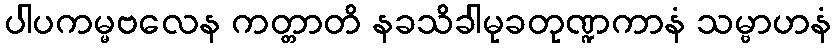
ပါပကမ္မဗလေန ကတ္တာတိ နခသိခါမုခတုဏ္ဍကာနံ သမ္ဗာဟနံ